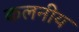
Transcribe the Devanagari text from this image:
कलनीय